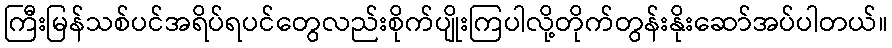
ကြီးမြန်သစ်ပင်အရိပ်ရပင်တွေလည်းစိုက်ပျိုးကြပါလို့တိုက်တွန်းနိုးဆော်အပ်ပါတယ်။